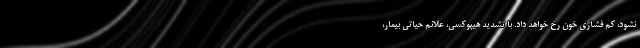
نشود، کم فشاری خون رخ خواهد داد. با تشدید هیپوکسی، علائم حیاتی بیمار،